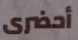
أحضرى